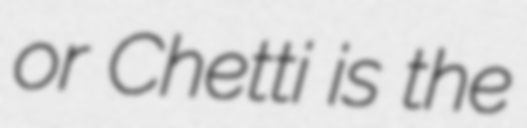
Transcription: or Chetti is the